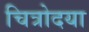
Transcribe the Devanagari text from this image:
चित्रोदया